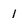
Character: l